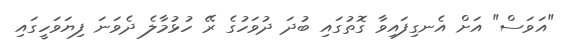
"އަވަސް" އަށް އެނގިފައިވާ ގޮތުގައި ބުދަ ދުވަހުގެ ރޭ ހުޅުމާލެ ދެވަނަ ފިޔަވަހީގައި